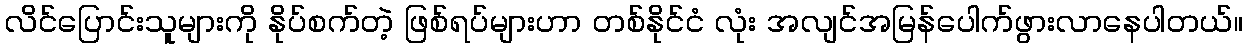
လိင်ပြောင်းသူများကို နိုပ်စက်တဲ့ ဖြစ်ရပ်များဟာ တစ်နိုင်ငံ လုံး အလျင်အမြန်ပေါက်ဖွားလာနေပါတယ်။